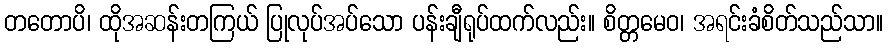
တတောပိ၊ ထိုအဆန်းတကြယ် ပြုလုပ်အပ်သော ပန်းချီရုပ်ထက်လည်း။ စိတ္တမေဝ၊ အရင်းခံစိတ်သည်သာ။